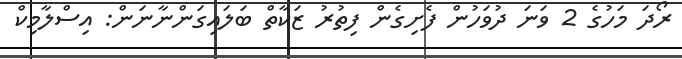
ރޯދަ މަހުގެ 2 ވަނަ ދުވަހުން ފެށިގެން ފިތުރު ޒަކާތް ބަަލައިގަންނާނަން: އިސްލާމިކް